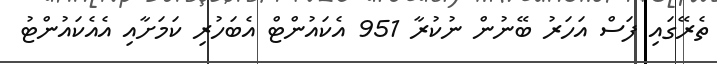
ތެރޭގައި ފަސް އަހަރު ބޭނުން ނުކުރާ 951 އެކައުންޓް އެބަހުރި ކަމަށާއި އެއެކައުންޓު